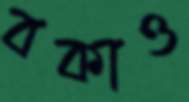
বকাও